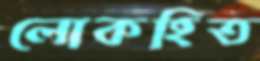
লোকহিত